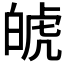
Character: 𤽾